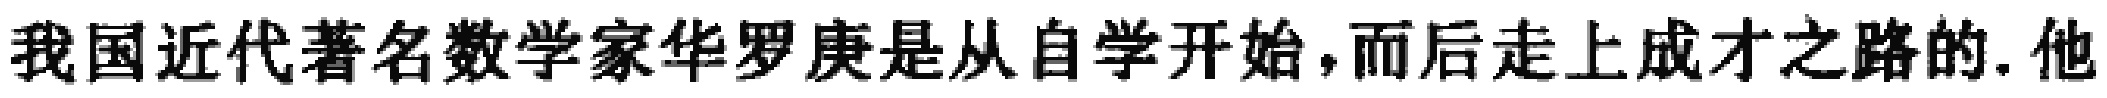
我国近代著名数学家华罗庚是从自学开始，而后走上成才之路的.